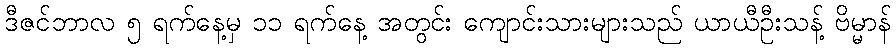
ဒီဇင်ဘာလ ၅ ရက်နေ့မှ ၁၁ ရက်နေ့ အတွင်း ကျောင်းသားများသည် ယာယီဦးသန့် ဗိမ္မာန်